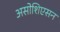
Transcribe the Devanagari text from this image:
असोशिएसन